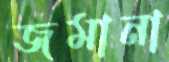
জমানা